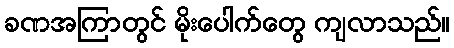
ခဏအကြာတွင် မိုးပေါက်တွေ ကျလာသည်။